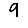
Digit: 9